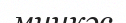
минкәс